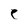
Character: e